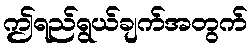
ဤရည်ရွယ်ချက်အတွက်